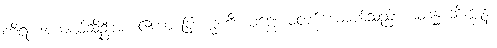
ကိရ၊ အကျယ်ဆိုဦးအံ့။ ဧကာ ဗြာဟ္မဏီ၊ ပုဏ္ဏေးမတစ်ယောက်သည်။ စတုန္နံ ဘိက္ခူနံ၊